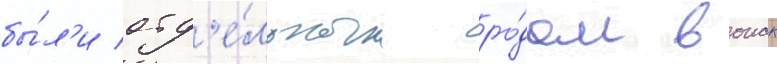
бы́л'и отд'е́льным ро́дом воиск